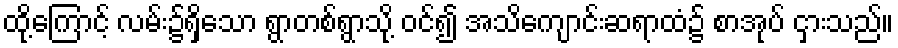
ထို့ကြောင့် လမ်း၌ရှိသော ရွာတစ်ရွာသို့ ဝင်၍ အသိကျောင်းဆရာထံ၌ စာအုပ် ငှားသည်။